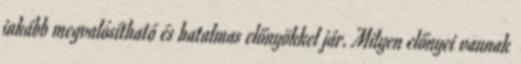
inkább megvalósítható és hatalmas előnyökkel jár. Milyen előnyei vannak